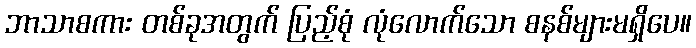
ဘာသာစကား တစ်ခုအတွက် ပြည့်စုံ လုံလောက်သော စနစ်များမရှိပေ။